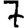
Digit: 7